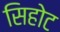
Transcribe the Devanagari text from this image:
सिहोट